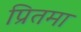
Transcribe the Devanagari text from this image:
प्रितमा